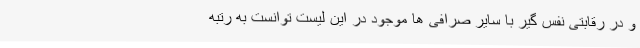
و در رقابتی نفس گیر با سایر صرافی ها موجود در این لیست توانست به رتبه